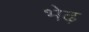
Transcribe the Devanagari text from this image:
भेढ़